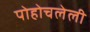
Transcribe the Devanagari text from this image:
पोहोचलेली